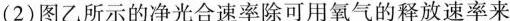
(2)图乙所示的净光合速率除可用氧气的释放速率来